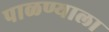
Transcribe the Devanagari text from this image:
पाळण्याला